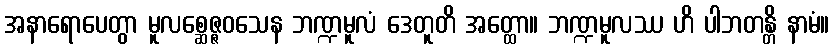
အနာရောပေတွာ မူလစ္ဆေဇ္ဇဝသေန ဘဏ္ဍမူလံ ဒေတူတိ အတ္ထော။ ဘဏ္ဍမူလဿ ဟိ ပါဘတန္တိ နာမံ။